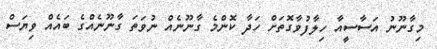
މިގާނޫނު އަސާސީއާ ހިލާފުވާގޮތަށް ހަދާ ކޮންމެ ގާނޫނެއް ނުވަތަ ގާނޫނެއްގެ ބައެއް ވިޔަސް